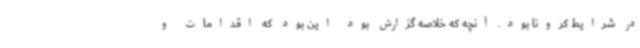
در شرایط کرونا بود. آنچه که خلاصه گزارش بود این بود که اقدامات و